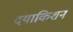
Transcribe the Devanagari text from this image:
दयाकिशन